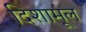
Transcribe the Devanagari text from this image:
दिशामूल